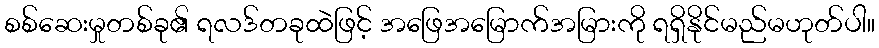
စစ်ဆေးမှုတစ်ခု၏ ရလဒ်တခုထဲဖြင့် အဖြေအမြောက်အမြားကို ရရှိနိုင်မည်မဟုတ်ပါ။